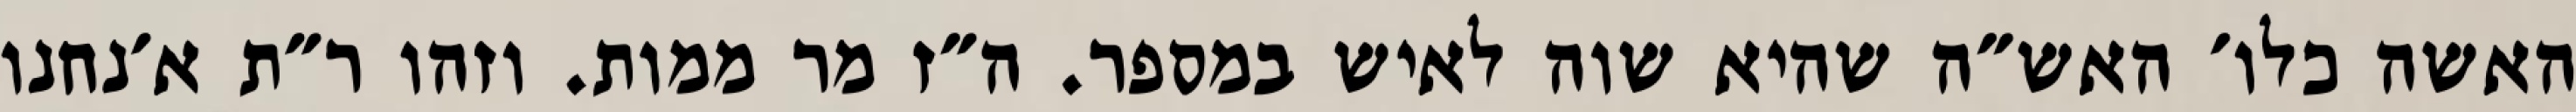
האשה כלו׳ האש״ה שהיא שוה לאיש במספר. ה״ז מר ממות. וזהו ר״ת א׳נחנו